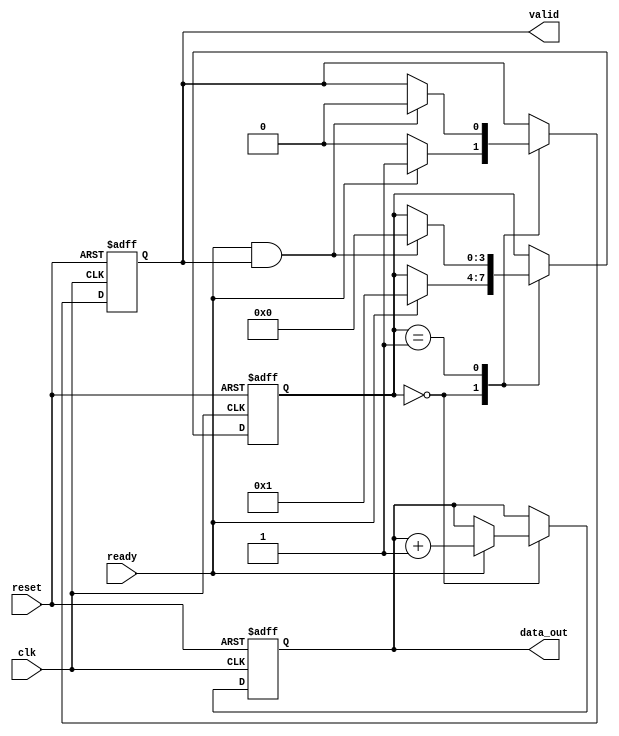
module handshake_protocol (
    input wire clk,
    input wire reset,
    
    // Producer Interface
    output reg [7:0] data_out,   // Data bus (8-bits)
    output reg valid,             // Valid signal from producer
    
    // Consumer Interface
    input wire ready              // Ready signal from consumer
);
    reg [3:0] state;              // State variable for producer

    // Producer state machine
    always @(posedge clk or posedge reset) begin
        if (reset) begin
            state <= 0;
            valid <= 0;
            data_out <= 8'b0;
        end else begin
            case (state)
                0: begin
                    // Wait for ready signal from consumer
                    valid <= 0;
                    if (ready) begin
                        // Generate new data and set valid high
                        data_out <= data_out + 1; // Example data generation
                        valid <= 1;
                        state <= 1;  // Move to next state
                    end
                end
                
                1: begin
                    // Wait for consumer acknowledgment
                    if (ready && valid) begin
                        // Acknowledge the data transfer
                        valid <= 0; // Reset valid after transfer
                        state <= 0; // Go back to wait state
                    end
                end
            endcase
        end
    end
endmodule